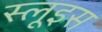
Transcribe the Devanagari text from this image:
स्लूइस